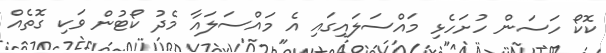
ކޮކޯ ހަސަން ހުށަހެޅި މައްސަލައިގައި އެ މައްސަލައާ މެދު ކޯޓުން ވަކި ގޮތެއް